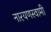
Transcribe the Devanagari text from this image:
नारयणस्वामी